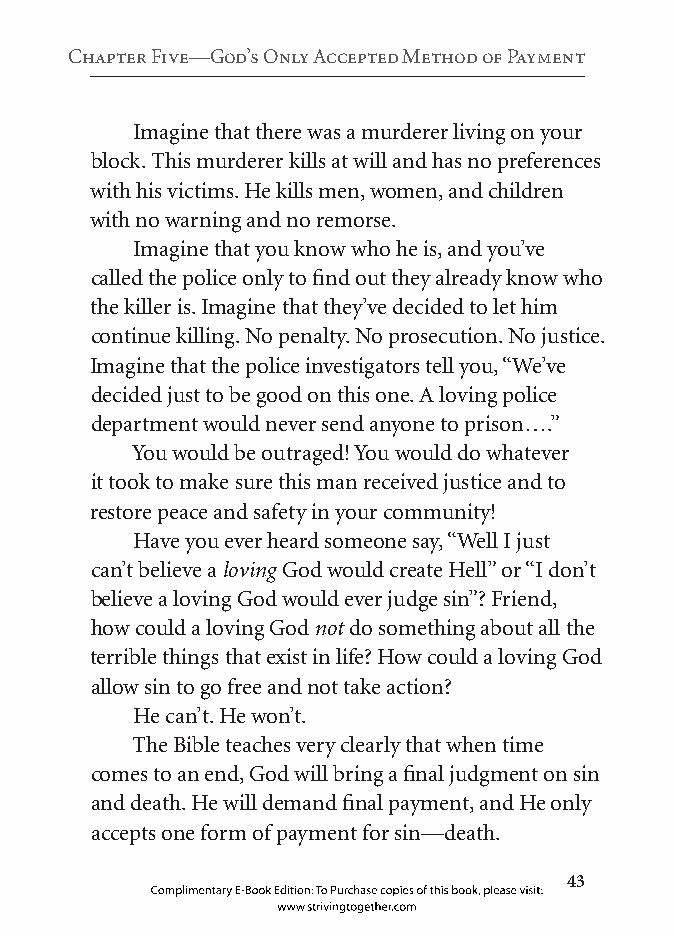
Chapter five—god’s Only Accepted Method of Payment
 Imagine that there was a murderer living on your
 block. This murderer kills at will and has no preferences
 with his victims. He kills men, women, and children
 with no warning and no remorse.
 Imagine that you know who he is, and you’ve
 called the police only to find out they already know who
 the killer is. Imagine that they’ve decided to let him
 continue killing. No penalty. No prosecution. No justice.
 Imagine that the police investigators tell you, “We’ve
 decided just to be good on this one. A loving police
 department would never send anyone to prison….”
 You would be outraged! You would do whatever
 it took to make sure this man received justice and to
 restore peace and safety in your community!
 Have you ever heard someone say, “Well I just
 can’t believe a loving God would create Hell” or “I don’t
 believe a loving God would ever judge sin”? Friend,
 how could a loving God not do something about all the
 terrible things that exist in life? How could a loving God
 allow sin to go free and not take action?
 He can’t. He won’t.
 The Bible teaches very clearly that when time
 comes to an end, God will bring a final judgment on sin
 and death. He will demand final payment, and He only
 accepts one form of payment for sin—death.
 
 Complimentary E-Book Edition: To Purchase copies of this book, please visit:
 www.strivingtogether.com